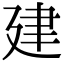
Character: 建